Lunatic asylums Central Provinces reports 1910-1926 - 1910-1926
Year: 1910
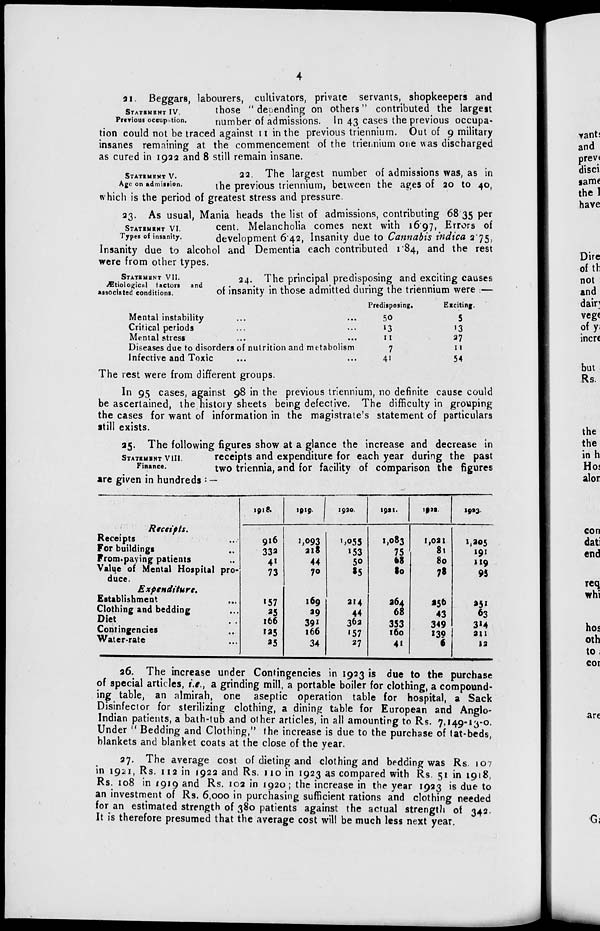
4
STATEMENT IV.
Previous occupation.
21. Beggars, labourers, cultivators, private servants, shopkeepers and
those " depending on others" contributed the largest
number of admissions. In 43 cases the previous occupa-
tion could not be traced against 11 in the previous triennium. Out of 9 military
insanes remaining at the commencement of the triennium one was discharged
as cured in 1922 and 8 still remain insane.
STATEMENT V.
Age on admission.
22. The largest number of admissions was, as in
the previous triennium, between the ages of 20 to 40,
which is the period of greatest stress and pressure.
STATEMENT VI.
Types of insanity.
23. As usual, Mania heads the list of admissions, contributing 68.35 per
cent. Melancholia comes next with 16.97, Errors of
development 6.42, Insanity due to Cannabis indica 2.75,
Insanity due to alcohol and Dementia each contributed 1.84, and the rest
were from other types.
STATEMENT VII.
Ætiological factors and
associated conditions.
24. The principal predisposing and exciting causes
of insanity in those admitted during the triennium were :—
Mental instability ... ...
Critical periods ... ...
Mental stress ... ...
Diseases due to disorders of nutrition and metabolism
Infective and Toxic ... ...
Predisposing.
50
13
11
7
41
Exciting.
5
13
27
11
54
The rest were from different groups.
In 95 cases, against 98 in the previous triennium, no definite cause could
be ascertained, the history sheets being defective. The difficulty in grouping
the cases for want of information in the magistrate's statement of particulars
still exists.
STATEMENT VIII.
Finance.
25. The following figures show at a glance the increase and decrease in
receipts and expenditure for each year during the past
two triennia, and for facility of comparison the figures
are given in hundreds : —
Receipts.
Receipts ..
For buildings ..
From-paying patients ..
Value of Mental Hospital pro-
duce.
Expenditure.
Establishment ...
Clothing and bedding ...
Diet ...
Contingencies ...
Water-rate ...
1918.
916
332
41
73
157
25
166
125
25
1919.
1,093
218
44
70
169
29
391
166
34
1920.
1,055
153
50
25
214
44
362
157
27
1921.
1,083
75
68
80
264
68
353
160
41
1922.
1,021
81
80
78
256
43
349
139
6
1923
1,205
191
119
95
251
63
314
211
12
26. The increase under Contingencies in 1923 is due to the purchase
of special articles, i.e., a grinding mill, a portable boiler for clothing, a compound-
ing table, an almirah, one aseptic operation table for hospital, a Sack
Disinfector for sterilizing clothing, a dining table for European and Anglo-
Indian patients, a bath-tub and other articles, in all amounting to Rs. 7,149-13-0.
Under " Bedding and Clothing," the increase is due to the purchase of tat-beds,
blankets and blanket coats at the close of the year.
27. The average cost of dieting and clothing and bedding was Rs. 107
in 1921, Rs. 112 in 1922 and Rs. 110 in 1923 as compared with Rs. 51 in 1918,
Rs. 108 in 1919 and Rs. 102 in 1920 ; the increase in the year 1923 is due to
an investment of Rs. 6,000 in purchasing sufficient rations and clothing needed
for an estimated strength of 380 patients against the actual strength of 342.
It is therefore presumed that the average cost will be much less next year.